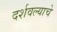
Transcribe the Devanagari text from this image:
दर्शवल्याचे